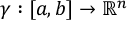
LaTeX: \gamma : [ a , b ] \to \mathbb { R } ^ { n }